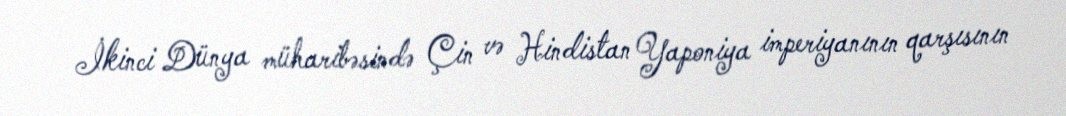
İkinci Dünya müharibəsində Çin və Hindistan Yaponiya imperiyanının qarşısının